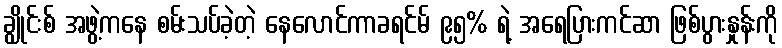
ချွိုင်းစ် အဖွဲ့ကနေ စမ်းသပ်ခဲ့တဲ့ နေလောင်ကာခရင်မ် ၉၅% ရဲ့ အရေပြားကင်ဆာ ဖြစ်ပွားနှုန်းကို